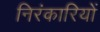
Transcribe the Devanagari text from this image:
निरंकारियों